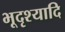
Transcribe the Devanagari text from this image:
भूदृश्यादि